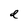
Character: d